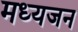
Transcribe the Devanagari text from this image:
मध्यजन